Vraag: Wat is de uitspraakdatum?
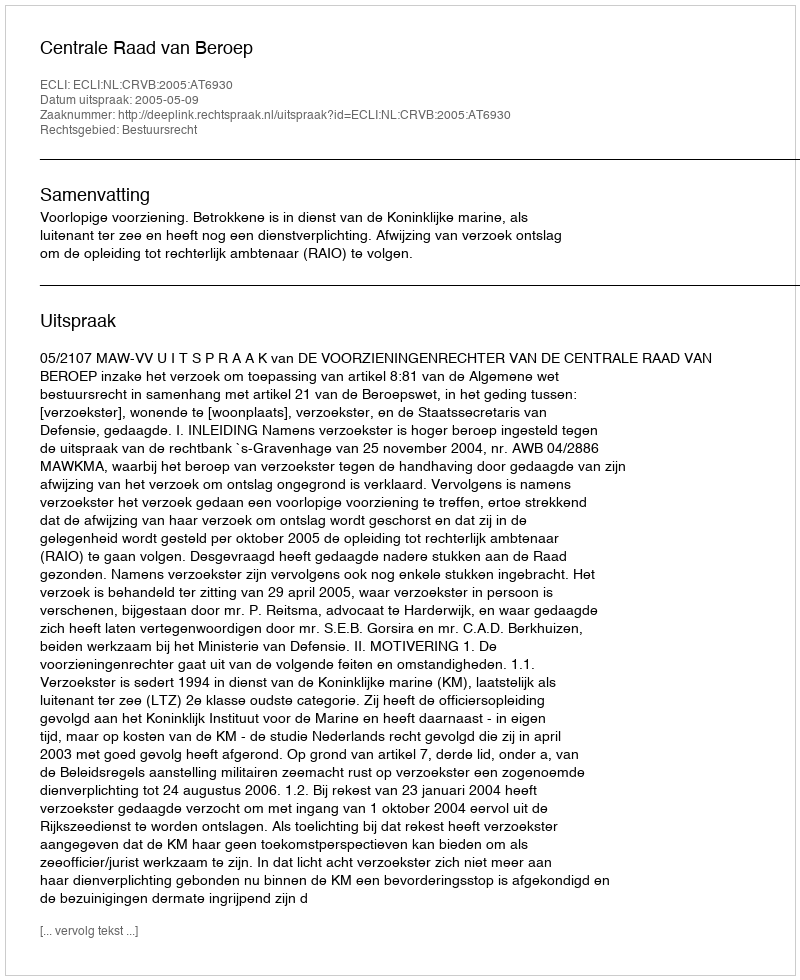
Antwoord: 2005-05-09